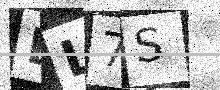
Text: BL7S